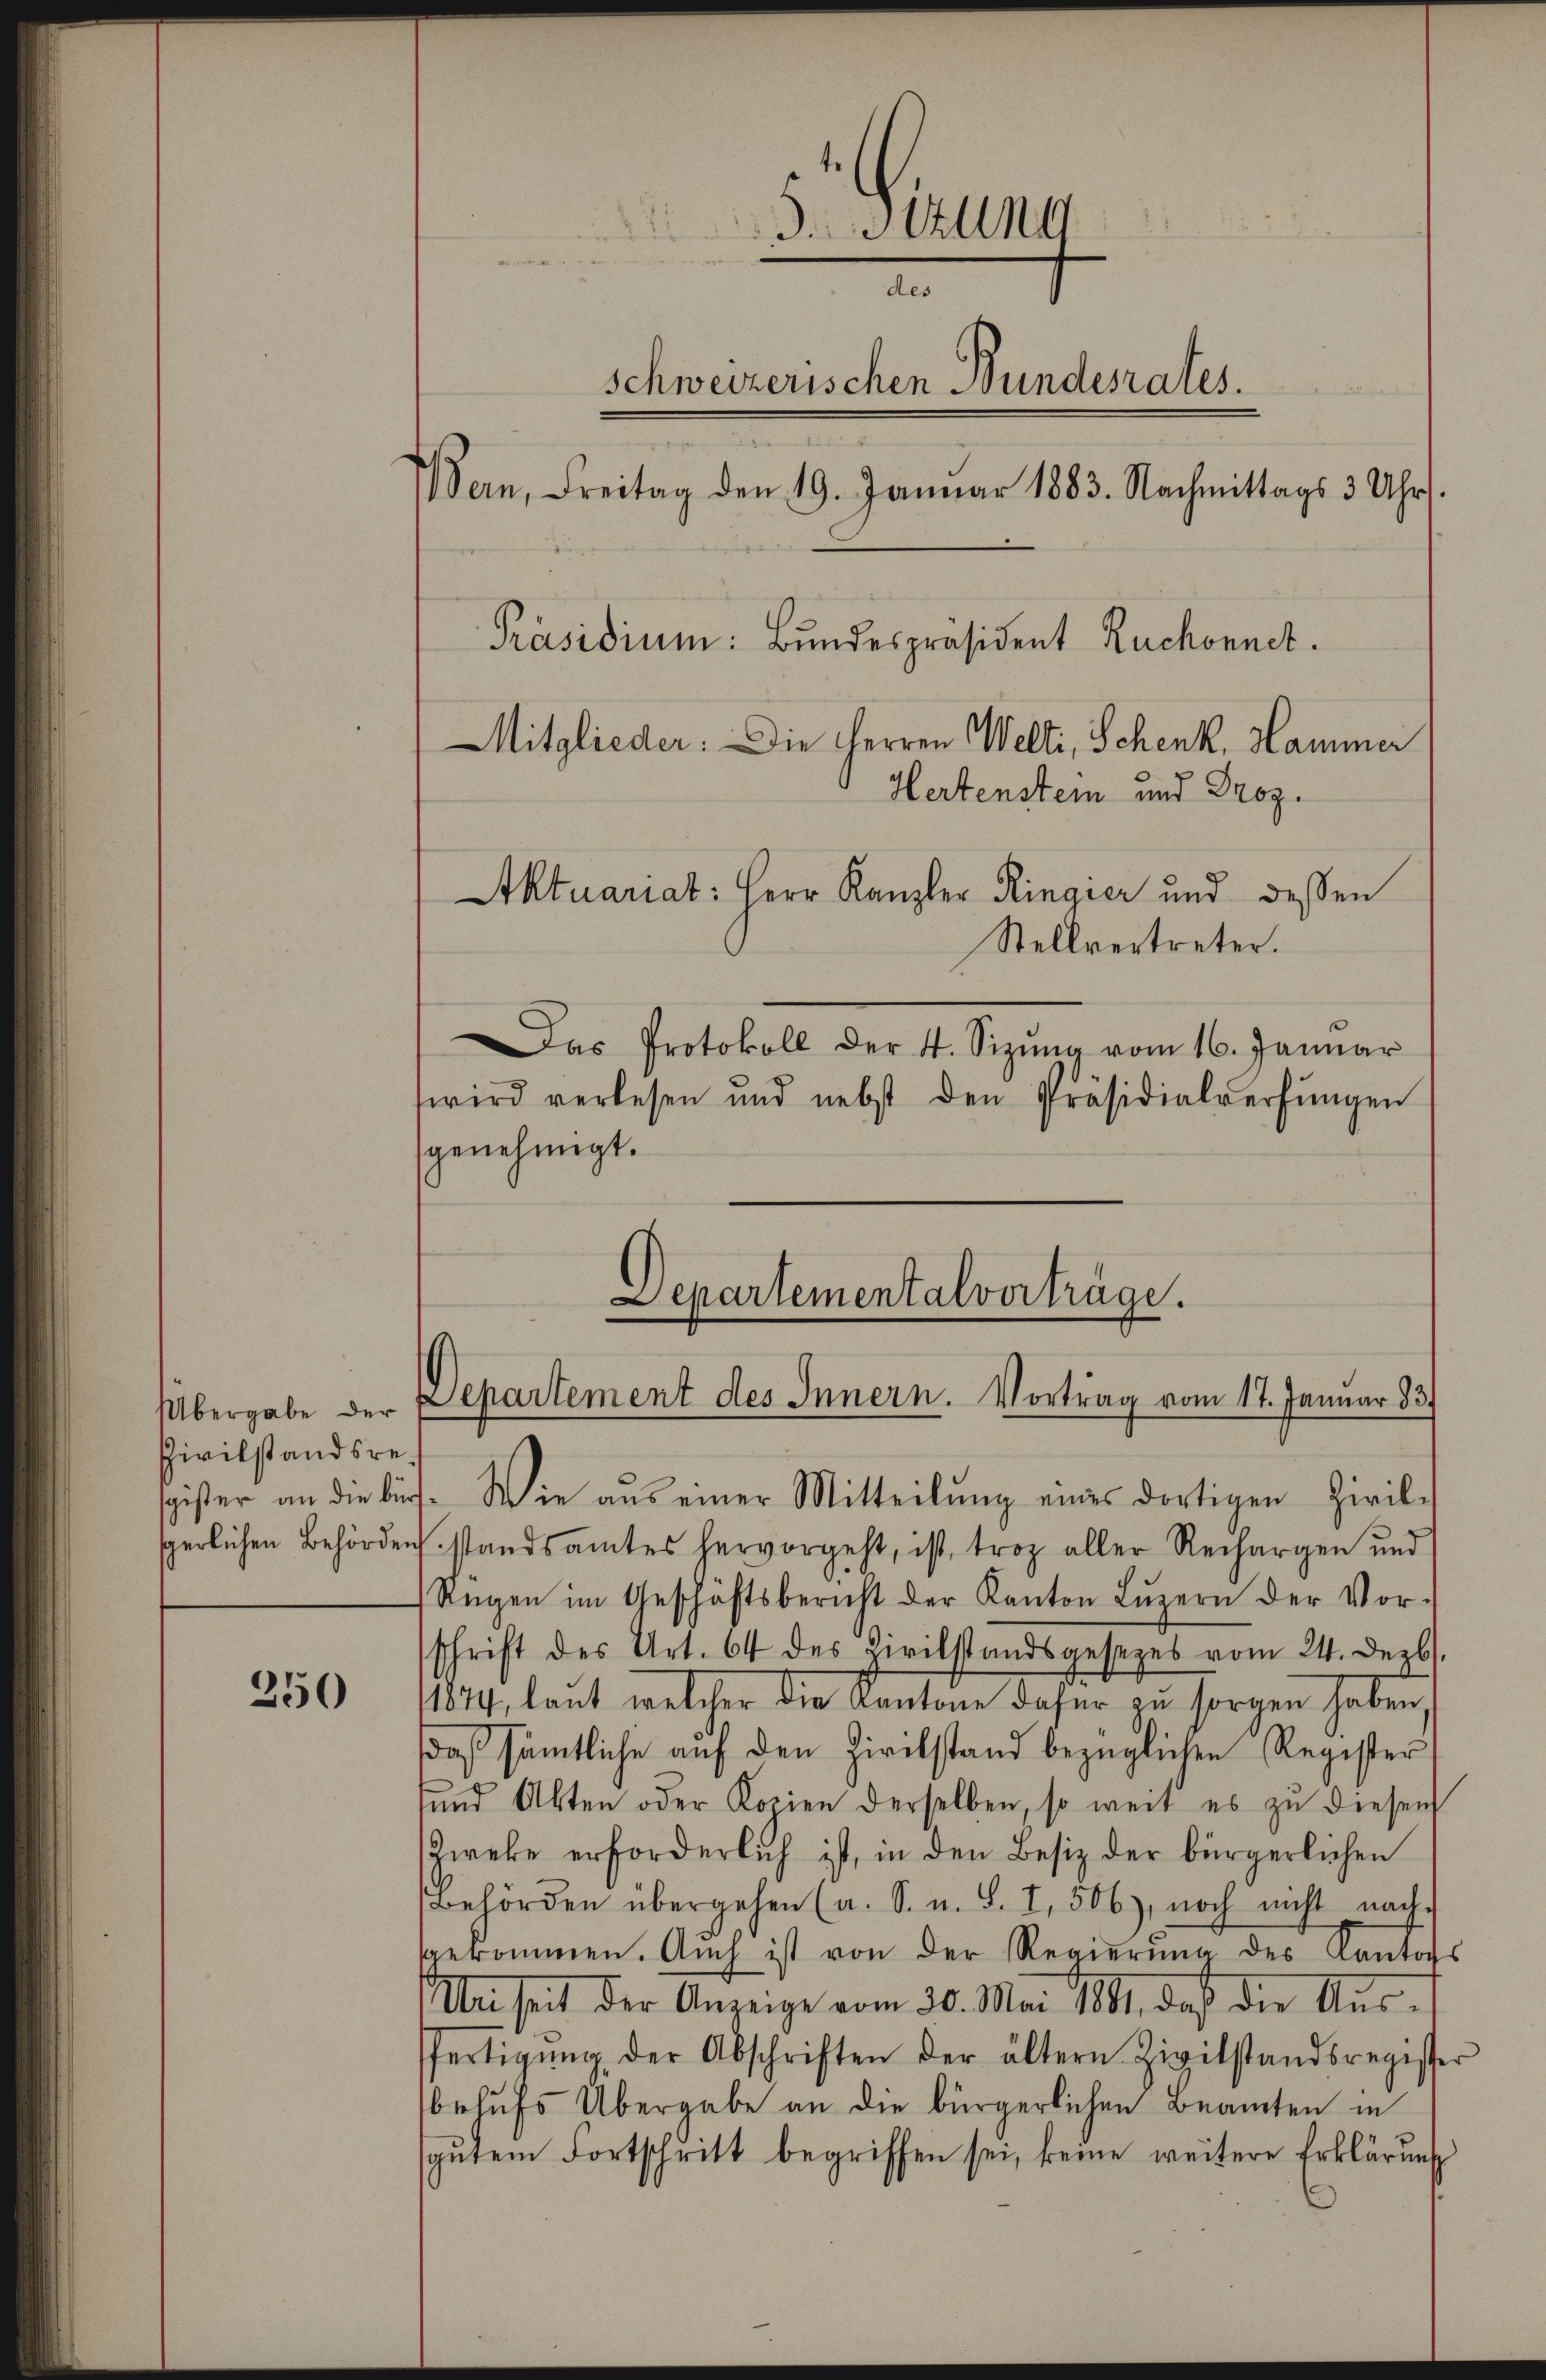
Civilstandsre

250

.Stzung
des
schweizerischen Bundesrates.
ern, Freitag den 19. Januar 1883. Nachmittags 3 Uhr.
Präsidium: Bundespräsident Ruchonnet.
Mitglieder: Die Herren Welti, Schenk. Hammer
Hertenstein und Droz.
Aktuariat: Herr Kanzler Ringier und dessen
Stellvertreter.
n
Das Protokoll der 4. Sizŭng vom 16. Januar
wird verlesen und nebst den Präsidialverfŭngen
genehmigt.

Departementalverträge.
Übergabe der Departement des Innern. Vortrag vom 17. Januar 1837

sgister an die bürs. Wie aŭs einer Mitteilŭng eines dortigen Zivil-
sperlichen Behörden standsamtes hervorgeht, ist, troz aller Rechargen und
Regen im Geschäftsbericht der Kanton Lŭzern der Vor-
schrift des Art. 64 des Zivilstandsgesezes vom 24. Dezb.
11874, laut welcher die Kantone dafür zu sorgen haben.
daß sämtliche auf den Zivilstand bezüglichen Register
ŭnd Akten oder Kopien derselben, so weit es zŭ diesen
Zweke erforderlich ist, in den Besiz der bürgerlichen
Behörden übergehen (a. S. u. S. I, 506), noch nicht nach
ggekommen. Auch ist von der Regierŭng des Kantons
Un seit der Anzeige vom 30. Mai 1881, daß die Aŭs-
fertigŭng der Abschriften der ältern Zivilstandsregister
behufs Übergabe an die bürgerlichen Beamten in
sgŭtem Fortschritt begriffen sei, keine weitere Erklärŭng